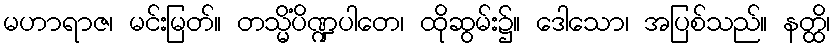
မဟာရာဇ၊ မင်းမြတ်။ တသ္မိံပိဏ္ဍပါတေ၊ ထိုဆွမ်း၌။ ဒေါသော၊ အပြစ်သည်။ နတ္ထိ၊